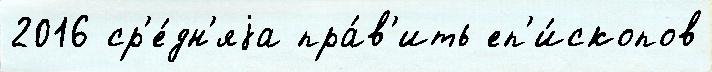
2016 ср'е́дн'яjа пра́в'ить еп'и́скопов